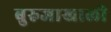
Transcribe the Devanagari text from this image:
बुरुजाखाली